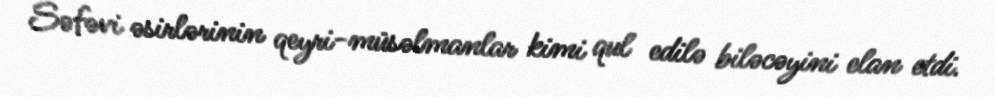
Səfəvi əsirlərinin qeyri-müsəlmanlar kimi qul edilə biləcəyini elan etdi.